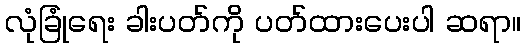
လုံခြုံရေး ခါးပတ်ကို ပတ်ထားပေးပါ ဆရာ။